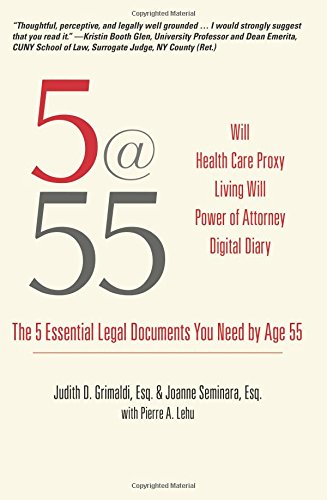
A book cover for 5@55: The 5 Essential Legal Documents You Need by Age 55; Judith D. Grimaldi; Law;